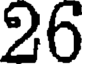
26